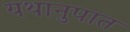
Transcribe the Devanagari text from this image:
यथानुपात